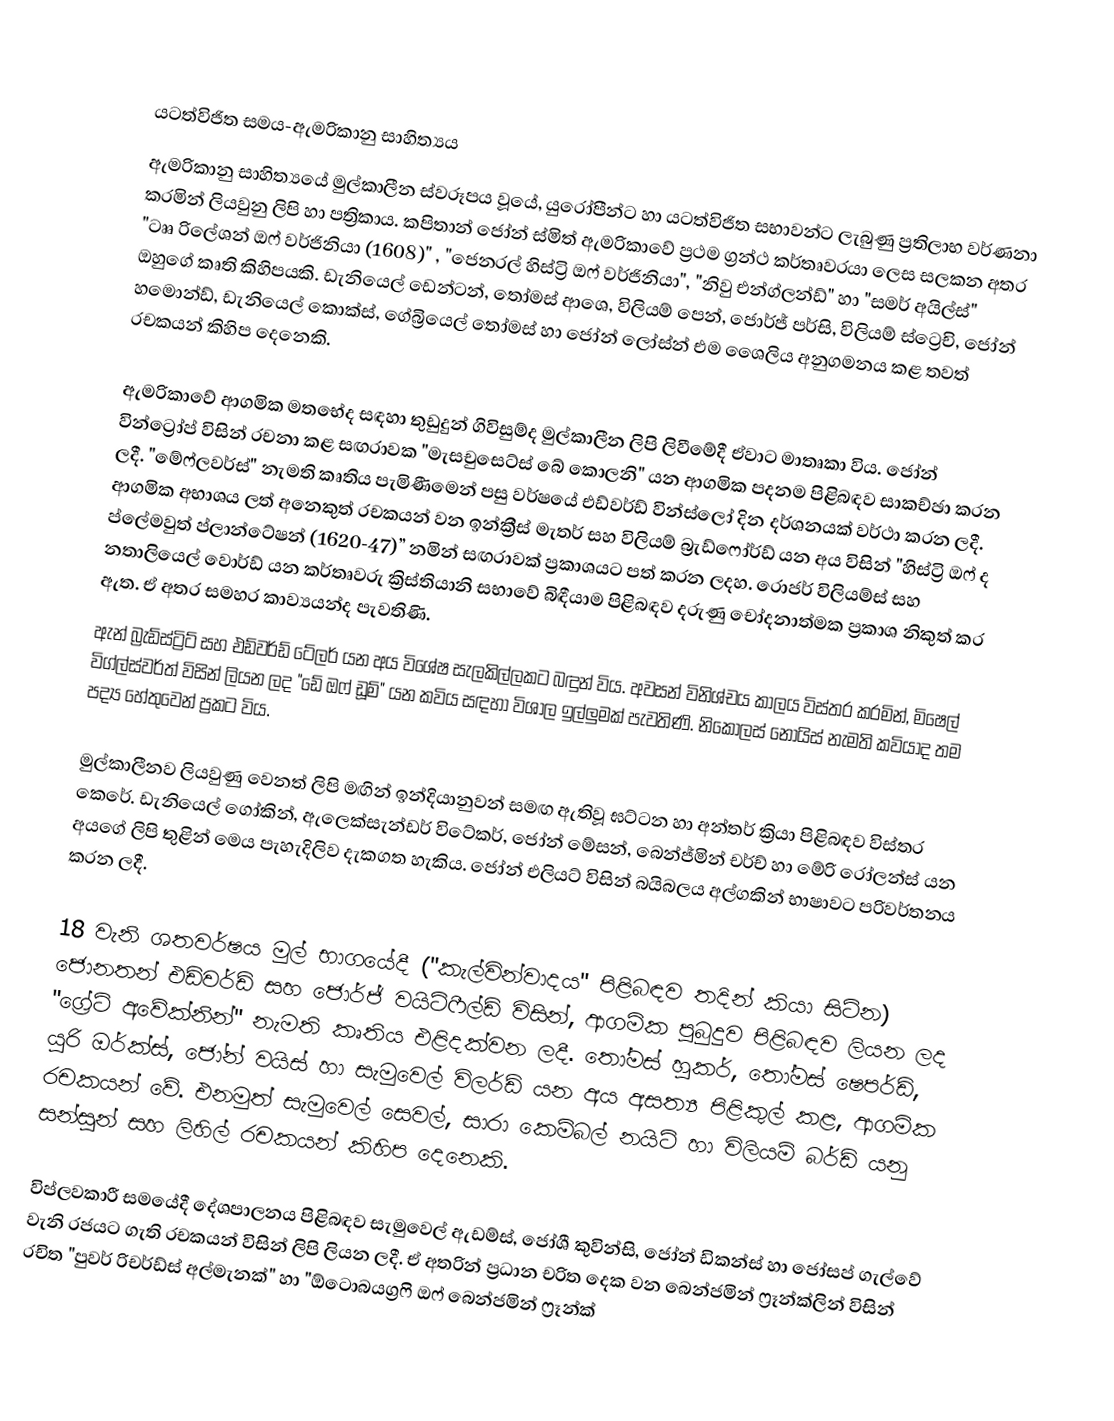

යටත්විජිත සමය-ඇමරිකානු සාහිත්‍යය
ඇමරිකානු සාහිත්‍යයේ මුල්කාලීන ස්වරූපය වූයේ, යුරෝපීන්ට හා යටත්විජිත සභාවන්ට ලැබුණු ප්‍රතිලාභ වර්ණනා කරමින් ලියවුනු ලිපි හා පත්‍රිකාය. කපිතාන් ජෝන් ස්මිත් ඇමරිකාවේ ප්‍රථම ග්‍රන්ථ කර්තෘවරයා ලෙස සලකන අතර "ටෲ රිලේශන් ඔෆ් වර්ජිනියා (1608)" , "ජෙනරල් හිස්ට්‍රි ඔෆ් වර්ජිනියා", "නිවු එන්ග්ලන්ඩ්" හා "සමර් අයිල්ස්" ඔහුගේ කෘති කිහිපයකි. ඩැනියෙල් ඩෙන්ටන්, තෝමස් ආශෙ, විලියම් පෙන්, ජොර්ජ් පර්සි, විලියම් ස්ට්‍රෙචි, ජෝන් හමොන්ඩ්, ඩැනියෙල් කොක්ස්, ගේබ්‍රියෙල් තෝමස් හා ජෝන් ලෝස්න් එම ශෛලිය අනුගමනය කළ තවත් රචකයන් කිහිප දෙනෙකි.

ඇමරිකාවේ ආගමික මතභේද සඳහා තුඩුදුන් ගිවිසුම්ද මුල්කාලීන ලිපි ලිවීමේදී ඒවාට මාතෘකා විය. ජෝන් වින්ට්‍රෝප් විසින් රචනා කළ සඟරාවක "මැසචුසෙට්ස් බේ කොලනි" යන ආගමික පදනම පිළිබඳව සාකච්ඡා කරන ලදී. "මේෆ්ලවර්ස්" නැමති කෘතිය පැමිණීමෙන් පසු වර්ෂයේ එඩ්වර්ඩ් වින්ස්ලෝ දින දර්ශනයක් වර්ථා කරන ලදී. ආගමික අභාශය ලත් අනෙකුත් රචකයන් වන ඉන්ක්‍රීස් මැතර් සහ විලියම් බ්‍රැඩ්ෆෝර්ඩ් යන අය විසින් "හිස්ට්‍රි ඔෆ් ද ප්ලේමවුත් ප්ලාන්ටේෂන් (1620-47)” නමින් සඟරාවක් ප්‍රකාශයට පත් කරන ලදහ. රොජර් විලියම්ස් සහ නතාලියෙල් වොර්ඩ් යන කර්තෘවරු ක්‍රිස්තියානි සභාවේ බිඳීයාම පිළිබඳව දරුණු චෝදනාත්මක ප්‍රකාශ නිකුත් කර ඇත. ඒ අතර සමහර කාව්‍යයන්ද පැවතිණි.
ඇන් බ්‍රැඩ්ස්ට්‍රිට් සහ එඩ්වර්ඩ් ටේලර් යන අය විශේෂ සැලකිල්ලකට බඳුන් විය. අවසන් විනිශ්චය කාලය විස්තර කරමින්, මිෂෙල් විග්ල්ස්වර්ත් විසින් ලියන ලද "ඩේ ඔෆ් ඩූම්" යන කවිය සඳහා විශාල ඉල්ලුමක් පැවතිණි. නිකොලස් නොයිස් නැමති කවියාද තම පද්‍ය හේතුවෙන් ප්‍රකට විය.

මුල්කාලීනව ලියවුණු වෙනත් ලිපි මඟින් ඉන්දියානුවන් සමඟ ඇතිවූ ඝට්ටන හා අන්තර් ක්‍රියා පිළිබඳව විස්තර කෙරේ. ඩැනියෙල් ගෝකින්, ඇලෙක්සැන්ඩර් විටේකර්, ජෝන් මේසන්, බෙන්ජ්මින් චර්ච් හා මේරි රෝලන්ස් යන අයගේ ලිපි තුළින් මෙය පැහැදිලිව දැකගත හැකිය. ජෝන් එලියට් විසින් බයිබලය අල්ගකින් භාෂාවට පරිවර්තනය කරන ලදී.

18 වැනි ශතවර්ෂය මුල් භාගයේදී ("කැල්වින්වාදය" පිළිබඳව තදින් කියා සිටින) ජොනතන් එඩ්වර්ඩ් සහ ජොර්ජ් වයිට්ෆීල්ඩ් විසින්, ආගමික පුබුදුව පිළිබඳව ලියන ලද "ග්‍රේට් අවේක්නින්" නැමති කෘතිය එළිදක්වන ලදී. තෝමස් හුකර්, තෝමස් ෂෙපර්ඩ්, යූරි ඔර්ක්ස්, ජෝන් වයිස් හා සැමුවෙල් විලර්ඩ් යන අය අසත්‍ය පිළිකුල් කළ, ආගමික රචකයන් වේ. එනමුත් සැමුවෙල් සෙවල්, සාරා කෙම්බල් නයිට් හා විලියම් බර්ඩ් යනු සන්සුන් සහ ලිහිල් රචකයන් කිහිප දෙනෙකි.

විප්ලවකාරී සමයේදී දේශපාලනය පිළිබඳව සැමුවෙල් ඇඩම්ස්, ජෝශී කුවින්සි, ජෝන් ඩිකන්ස් හා ජෝසප් ගැල්වේ වැනි රජයට ගැති රචකයන් විසින් ලිපි ලියන ලදී. ඒ අතරින් ප්‍රධාන චරිත දෙක වන බෙන්ජමින් ෆ්‍රෑන්ක්ලින් විසින් රචිත "පුවර් රිචර්ඩ්ස් අල්මැනක්" හා "ඕටොබයග්‍රෆි ඔෆ් බෙන්ජමින් ෆ්‍රෑන්ක්